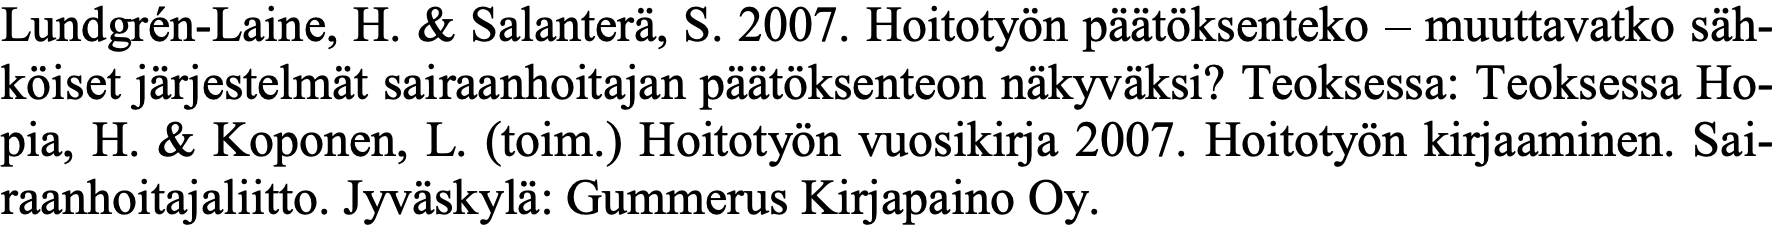
Lundgrén-Laine, H. & Salanterä, S. 2007. Hoitotyön päätöksenteko – muuttavatko säh- köiset järjestelmät sairaanhoitajan päätöksenteon näkyväksi? Teoksessa: Teoksessa Ho- pia, H. & Koponen, L. (toim.) Hoitotyön vuosikirja 2007. Hoitotyön kirjaaminen. Sai- raanhoitajaliitto. Jyväskylä: Gummerus Kirjapaino Oy.